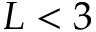
L < 3